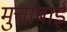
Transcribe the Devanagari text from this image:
मुत्ताबाई